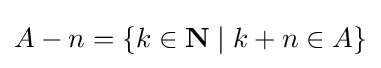
A-n=\{k\in \mathbf {N} \mid k+n\in A\}